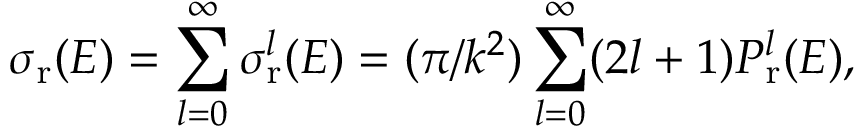
\sigma _ { \mathrm { r } } ( E ) = \sum _ { l = 0 } ^ { \infty } \sigma _ { \mathrm { r } } ^ { l } ( E ) = ( \pi / k ^ { 2 } ) \sum _ { l = 0 } ^ { \infty } ( 2 l + 1 ) P _ { \mathrm { r } } ^ { l } ( E ) ,